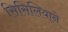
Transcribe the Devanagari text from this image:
सिसिलियाने